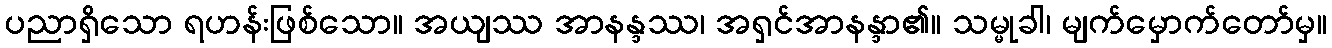
ပညာရှိသော ရဟန်းဖြစ်သော။ အယျဿ အာနန္ဒဿ၊ အရှင်အာနန္ဒာ၏။ သမ္မုခါ၊ မျက်မှောက်တော်မှ။